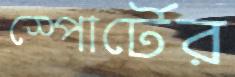
স্পোর্টের